Kominterni_Eesti_sektsioon_Moskvas, lk 20
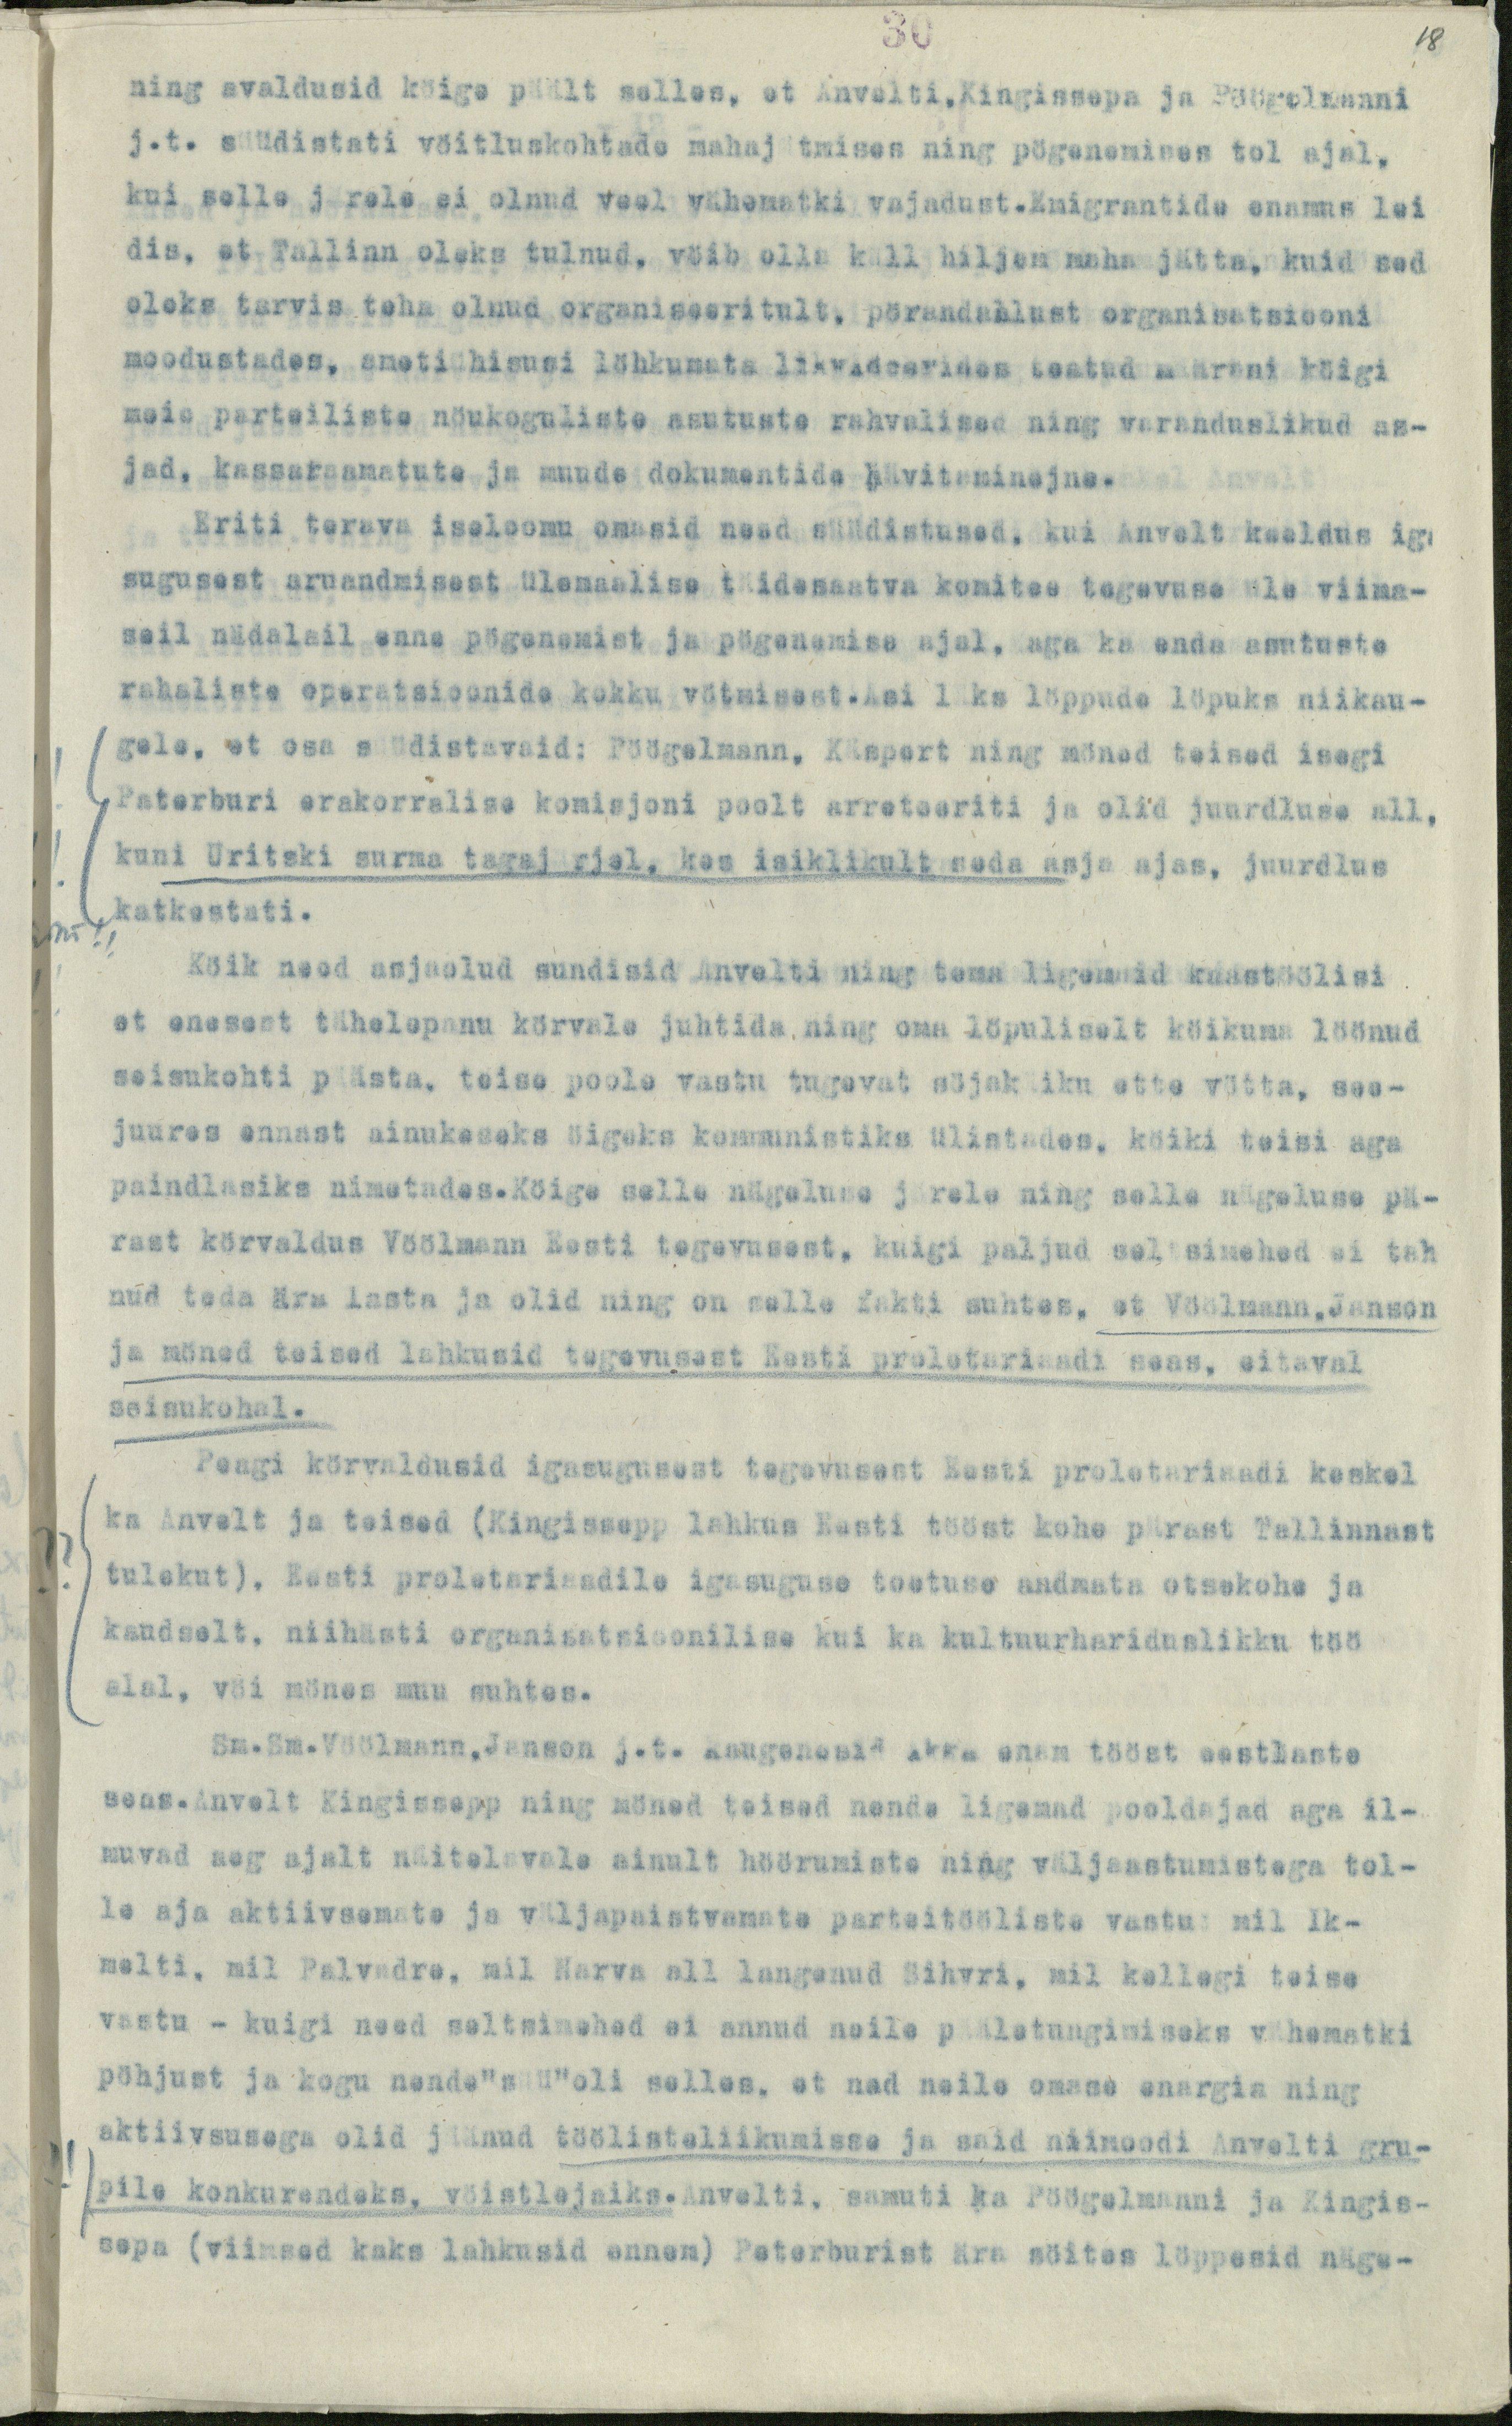
30
18
ning avaldusid köige päält selles, et Anvelti,Kingissepa ja Pöögelmanni
j.t. süüdistati vöitluskohtade mahajätmises ning pögenemises tol ajal,
kui selle järele ei olnud veel vähematki vajadust. Emigrantide enamus lei
dis, et Tallinn oleks tulnud, vöib olla küll hiljem maha jätta, kuid sed
oleks tarvis teha olnud organiseeritult, pörandaalust organisatsiooni
moodustades, ametiühisusi löhkumata likvideerides teatud määrani köigi
meie parteiliste nöukoguliste asutuste rahvalised ning varanduslikud as-
jad, kassaraamatute ja muude dokumentide hävitaminejne.
Eriti terava iseloomu omasid need süüdistused, kui Anvelt keeldus iga
sugusest aruandmisest ülemaalise täidesaatva komitee tegevuse üle viima-
seil nädalail enne pögenemist ja pögenamise ajal, aga ka enda asutuste
rahaliste operatsioonide kokku vötmisest. Asi läks löppude löpuks niikau-
gele, et osa süüdistavaid: Pöögelmann, Käspert ning möned teised isegi
Peterburi erakorralise komisjoni poolt arreteeriti ja olid juurdluse all,
kuni Uritski surma tagajärjel, kes isiklikult seda asja ajas, juurdlus
katkestati.
Köik need asjaolud sundisid Anvelti ning tema ligemaid kaastöölisi
et enesest tähelepanu körvale juhtida ning oma löpuliselt köikuma löönud
seisukohti päästa, teise poole vastu tugevat söjakäiku ette vötta, see-
juures ennast ainukeseks öigeks kommunistiks ülistades, köiki teisi aga
paindlasiks nimetades. Köige selle nägeluse järele ning selle nägeluse pä-
rast körvaldus Vöölmann Eesti tegevusest, kuigi paljud seltsimehed ei tah
nud teda ära lasta ja olid ning on selle fakti suhtes, et Vöölmann,Janson
ja möned teised lahkusid tegevusest Eesti proletariaadi sees, eitaval
seisukohal.
Peagi körvaldusid igasugusest tegevusest Eesti proletariaadi keskel
ka Anvelt ja teised (Kingissepp lahkus Eesti tööst kohe pärast Tallinnast
tulekut), Eesti proletariaadile igasuguse toetuse andmata otsekohe ja
kaudselt, niihästi organisatsioonilise kui ka kultuurhariduslikku töö
alal, vöi mönes muu suhtes.
Sm.Sm.Vöölmann,Janson j.t. kaugenesid ikka enam tööst eestlaste
seas.Anvelt Kingissepp ning möned teised nende ligemad pooldajad aga il-
muvad aeg ajalt näitelavale ainult höörumiste ning väljaastumistega tol-
le aja aktiivsemate ja väljapaistvamate parteitööliste vastu mil Ik-
melti, mil Palvadre, mil Narva all langenud Sihvri, mil kellegi teise
vastu - kuigi need seltsimehed ei annud neile pääletungimiseks vähematki
pöhjust ja kogu nende"süü"oli selles, et nad neile omase energia ning
aktiivsusega olid jäänud töölistelikumisse ja said niimoodi Anvelti gru-
pile konkurendeks, vöistlejaiks. Anvelti, samuti ka Pöögelmanni ja Kingis-
sepa (viimsed kaks lahkusid ennem) Peterburist ära söites löppesid näge-